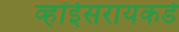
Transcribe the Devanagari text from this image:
व्हॉईसरायकडे